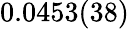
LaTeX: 0.0453(38)